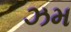
ઝમ